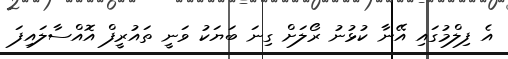
އެ ފިލްމުގައި އޭނާ ކުޅުނު ރޯލަށް ގިނަ ބަޔަކު ވަނީ ތައުރީފް އޮއްސާލައިފަ